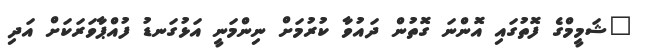
"ޝަމީމްގެ ފޮތުގައި އޮންނަ ގޮތުން ދައުވާ ކުރުމަށް ނިންމަނީ އަޅުގަނޑު ފުއްޕާވަރަކަށް އަދި